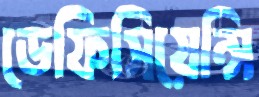
ডেফিসিয়েন্সি